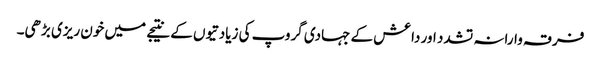
فرقہ وارانہ تشدد اور داعش کے جہادی گروپ کی زیادتیوں کے نتیجے میں خون ریزی بڑھی۔